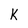
Character: K